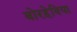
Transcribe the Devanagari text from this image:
बोरहेविया